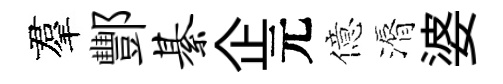
羣酆綦企元億漘婆